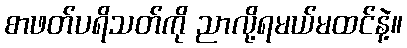
စာဖတ်ပရိသတ်ကို ညာလို့ရမယ်မထင်နဲ့။